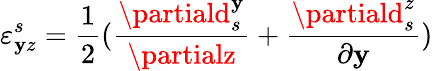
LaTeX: \varepsilon_{\mathbf{y}z}^{s}=\frac{{1}}{{2}}(\frac{{\partiald_{s}^{\mathbf{y}}}}{{\partialz}}+\frac{{\partiald_{s}^{z}}}{{\partial\mathbf{y}}})